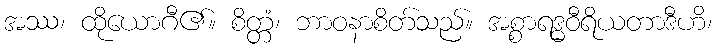
အဿ၊ ထိုယောဂီ၏။ စိတ္တံ၊ ဘာဝနာစိတ်သည်။ အစ္စာရဒ္ဓဝီရိယတာဒီဟိ၊